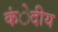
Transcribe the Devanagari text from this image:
कंेदीय